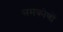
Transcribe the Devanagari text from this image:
समकोणों